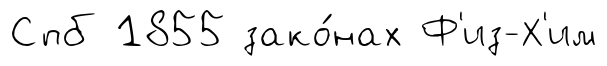
Спб 1855 зако́нах Ф'из-Х'им